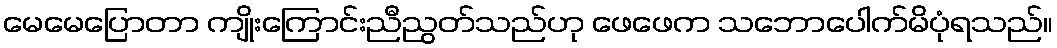
မေမေပြောတာ ကျိုးကြောင်းညီညွတ်သည်ဟု ဖေဖေက သဘောပေါက်မိပုံရသည်။